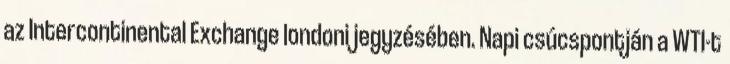
az Intercontinental Exchange londoni jegyzésében. Napi csúcspontján a WTI-t